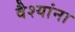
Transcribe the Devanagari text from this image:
वैश्यांना